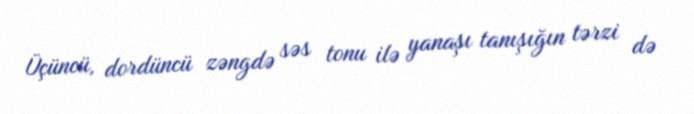
Üçüncü, dordüncü zəngdə səs tonu ilə yanaşı tanışığın tərzi də